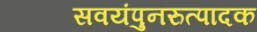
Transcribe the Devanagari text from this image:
सवयंपुनरुत्पादक